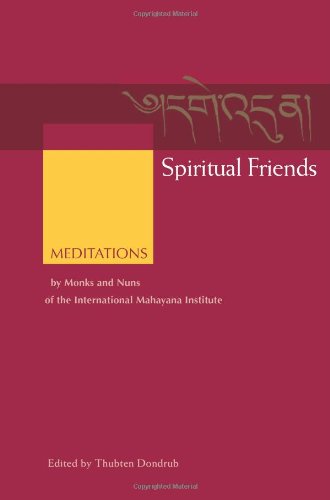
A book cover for Spiritual Friends: Meditations by Monks and Nuns of the International Mahayana Institute; Religion & Spirituality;